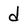
Character: d